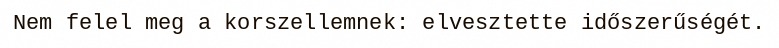
Nem felel meg a korszellemnek: elvesztette időszerűségét.